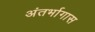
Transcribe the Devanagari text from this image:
अंतर्भागास